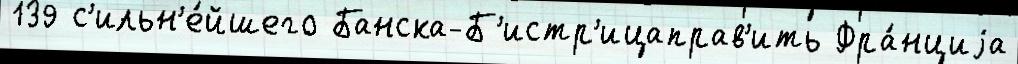
139 с'ильн'е́йшего Банска-Б'истр'ицаправ'ить Фра́нциjа